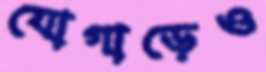
যোগাড়েও